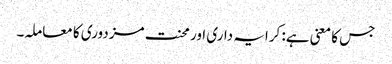
جس کا معنی ہے: کرایہ داری اور محنت مزدوری کا معاملہ۔